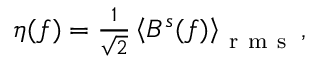
\begin{array} { r } { \eta ( f ) = \frac { 1 } { \sqrt { 2 } } \left< B ^ { s } ( f ) \right> _ { \mathrm { ~ r ~ m ~ s ~ } } , } \end{array}